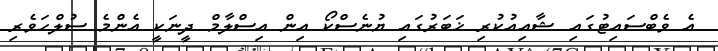
އެ ވެބްސައިޓުގައި ޝާއިއުކުރި ޚަބަރުގައި ޔުނެސްކޯ އިން އިސްލާމް ދީނަކީ އެންމެ ސުލްހަވެރި